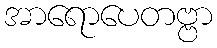
အာရောပေတဗ္ဗာ